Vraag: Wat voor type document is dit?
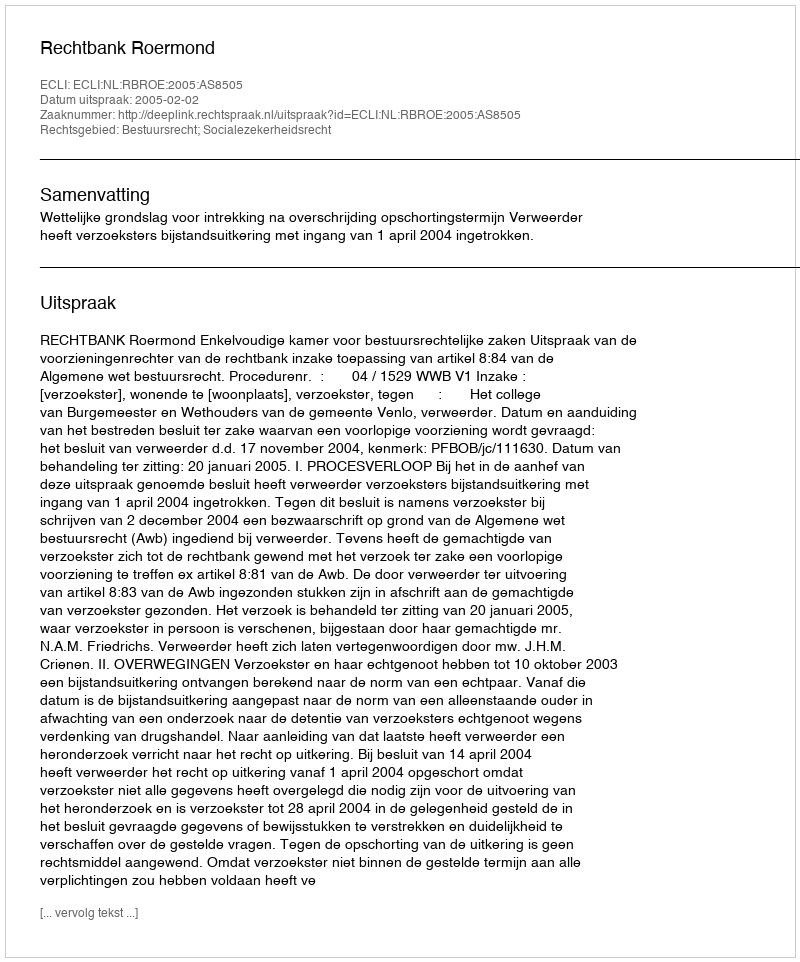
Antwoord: Uitspraak